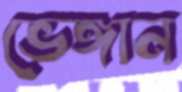
ভেঙ্গান